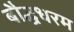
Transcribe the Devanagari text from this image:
बौद्धधरम